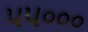
૫૫૦૦૦